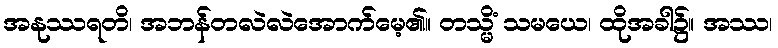
အနုဿရတိ၊ အဘန်တလဲလဲအောက်မေ့၏။ တသ္မိံ သမယေ၊ ထိုအခါ၌။ အဿ၊